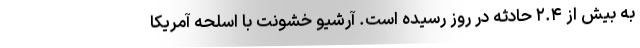
به بیش از ۲.۴ حادثه در روز رسیده است. آرشیو خشونت با اسلحه آمریکا